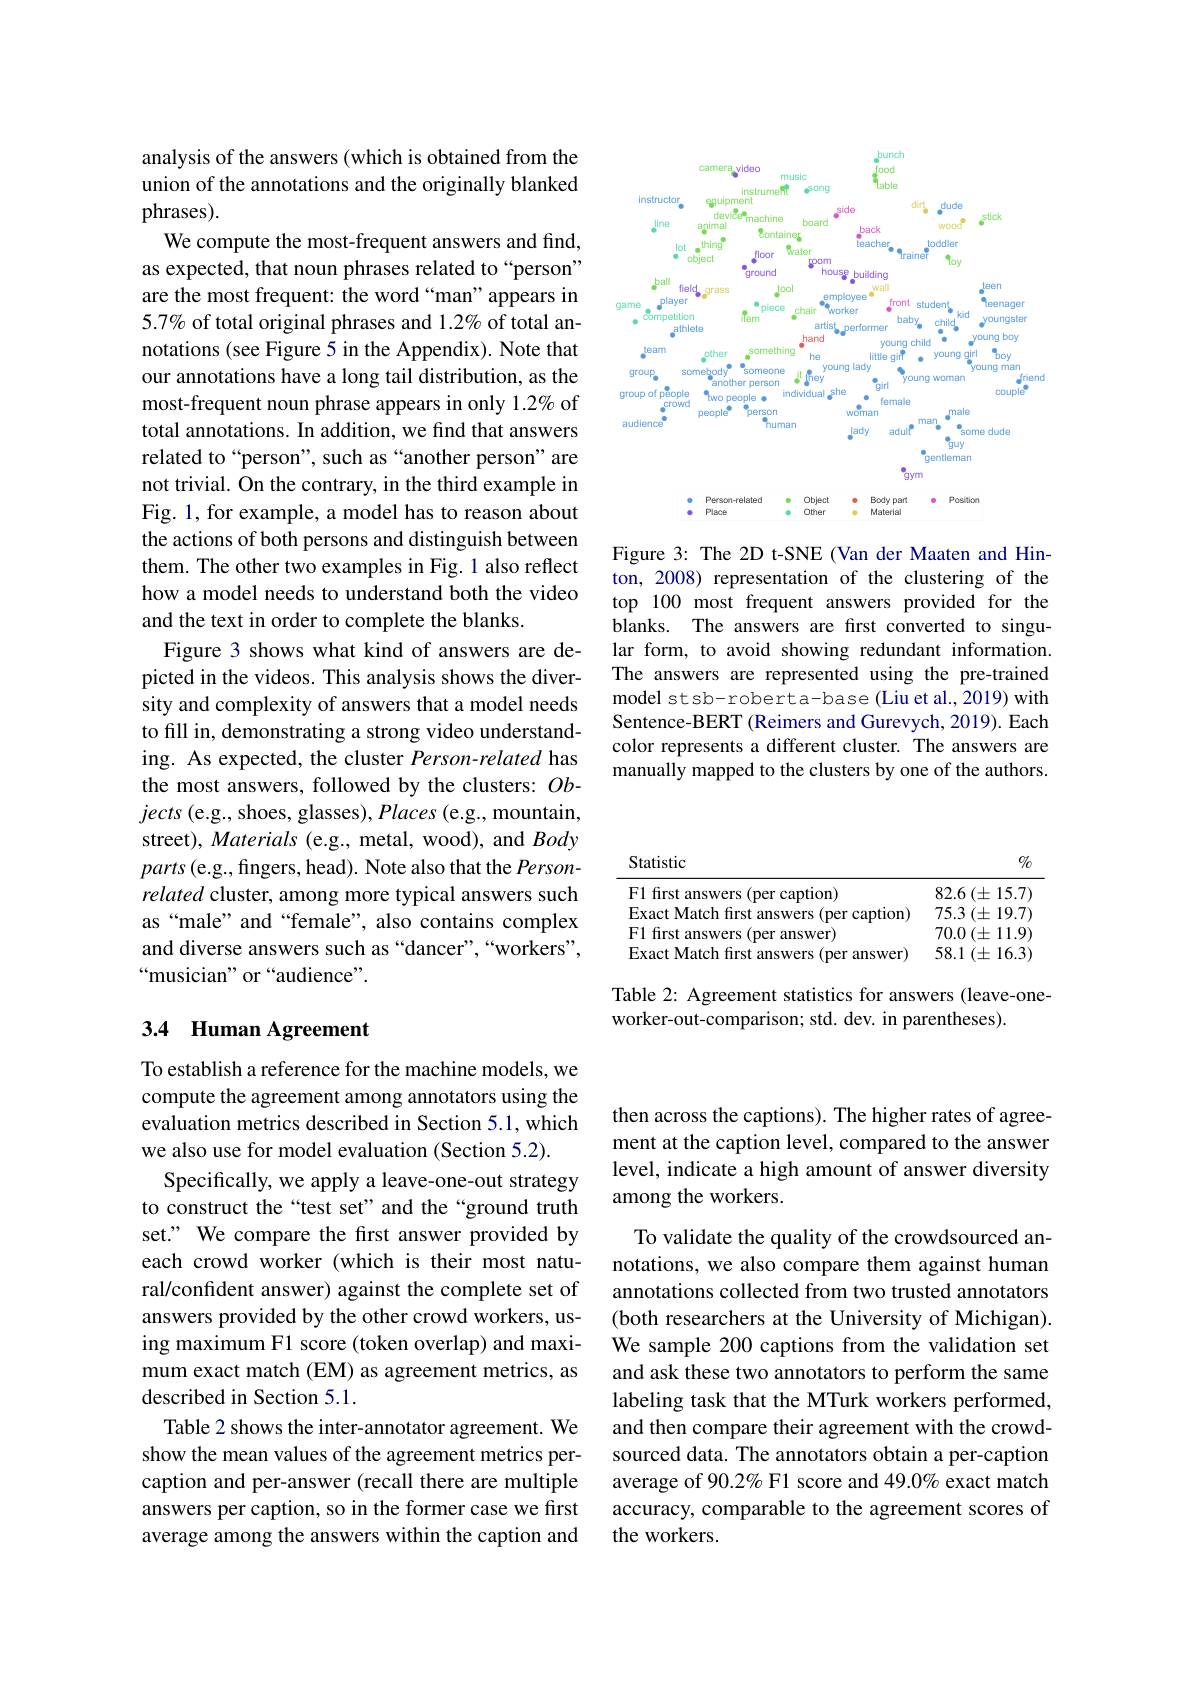
analysis of the answers (which is obtained from the union of the annotations and the originally blanked phrases).
We compute the most-frequent answers and find, as expected, that noun phrases related to“person” are the most frequent: the word “man”appears in 5.7% of total original phrases and 1.2% of total annotations (see Figure 5 in the Appendix). Note that our annotations have a long tail distribution, as the most-frequent noun phrase appears in only 1.2% of total annotations. In addition, we find that answers related to“person”, such as“another person" are not trivial. On the contrary, in the third example in Fig. 1, for example, a model has to reason about the actions of both persons and distinguish between them. The other two examples in Fig.1 also reflect how a model needs to understand both the video and the text in order to complete the blanks.
Figure 3 shows what kind of answers are depicted in the videos. This analysis shows the diversity and complexity of answers that a model needs to fill in, demonstrating a strong video understanding. As expected, the cluster Person-related has the most answers, followed by the clusters: $Ob-$ jects (e.g., shoes, glasses), Places (e.g., mountain, street), Materials (e.g., metal, wood), and Body $parts\left(\mathrm{e.g.,fingers,head).~Note~also~that~the~Person-}\right)$ related cluster, among more typical answers such as “male” and“female”, also contains complex and diverse answers such as “dancer”,“workers", “musician" or “audience”.

## 3.4 Human Agreement

To establish a reference for the machine models, we compute the agreement among annotators using the evaluation metrics described in Section 5.1, which we also use for model evaluation (Section 5.2).
Specifically, we apply a leave-one-out strategy to construct the“test set”and the“ground truth set." We compare the first answer provided by each crowd worker (which is their most natural/confident answer) against the complete set of answers provided by the other crowd workers, using maximum F1 score (token overlap) and maximum exact match (EM) as agreement metrics, as described in Section 5.1.
Table 2 shows the inter-annotator agreement. We show the mean values of the agreement metrics percaption and per-answer (recall there are multiple answers per caption, so in the former case we first average among the answers within the caption and

<FigureHere>

Figure 3: The 2D t-SNE (Van der Maaten and Hinton, 2008) representation of the clustering of the top 100 most frequent answers provided for the blanks. The answers are first converted to singular form, to avoid showing redundant information. The answers are represented using the pre-trained model st sb- robert a-base (Liu et al., 2019) with Sentence-BERT (Reimers and Gurevych, 2019). Each color represents a different cluster. The answers are manually mapped to the clusters by one of the authors.

$c/_{0}$

Statistic
F1 first answers (per caption)
$\begin{array}{ll}\text{F1 first answers (per caption)}&82.6\left(\pm15.7\right)\\\text{Exact Match first answers (per caption)}&75.3\left(\pm19.7\right)\\\text{F1 first answers (per answer)}&70.0\left(\pm11.9\right)\end{array}$
Exact Match first answers (per answer)
58.1 $( \pm 16. 3)$

Table 2: Agreement statistics for answers (leave-one-
worker-out-comparison; std. dev. in parentheses).

then across the captions). The higher rates of agreement at the caption level, compared to the answer level, indicate a high amount of answer diversity among the workers.

To validate the quality of the crowdsourced annotations, we also compare them against human annotations collected from two trusted annotators (both researchers at the University of Michigan). We sample 200 captions from the validation set and ask these two annotators to perform the same labeling task that the MTurk workers performed, and then compare their agreement with the crowdsourced data. The annotators obtain a per-caption average of 90.2% F1 score and 49.0% exact match accuracy, comparable to the agreement scores of the workers.